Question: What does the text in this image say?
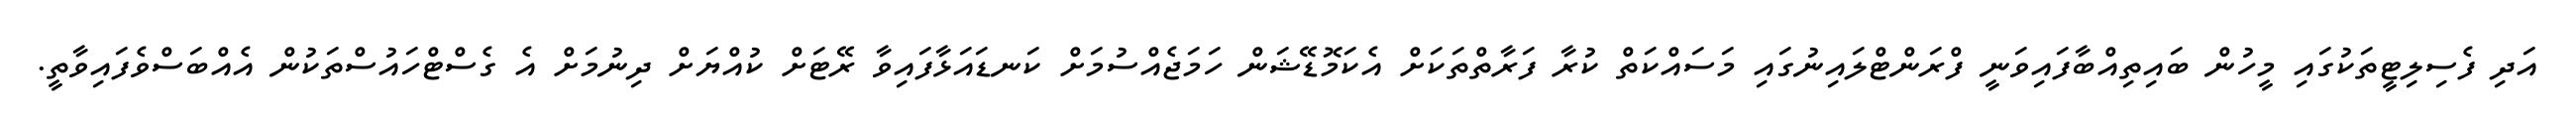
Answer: އަދި ފެސިލިޓީތަކުގައި މީހުން ބައިތިއްބާފައިވަނީ ފްރަންޓްލައިނުގައި މަސައްކަތް ކުރާ ފަރާތްތަކަށް އެކަމޮޑޭޝަން ހަމަޖެއްސުމަށް ކަނޑައަޅާފައިވާ ރޭޓަށް ކުއްޔަށް ދިނުމަށް އެ ގެސްޓްހައުސްތަކުން އެއްބަސްވެފައިވާތީ.